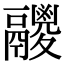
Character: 𩱛